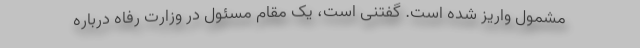
مشمول واریز شده است. گفتنی است، یک مقام مسئول در وزارت رفاه درباره